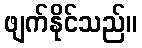
ဖျက်နိုင်သည်။